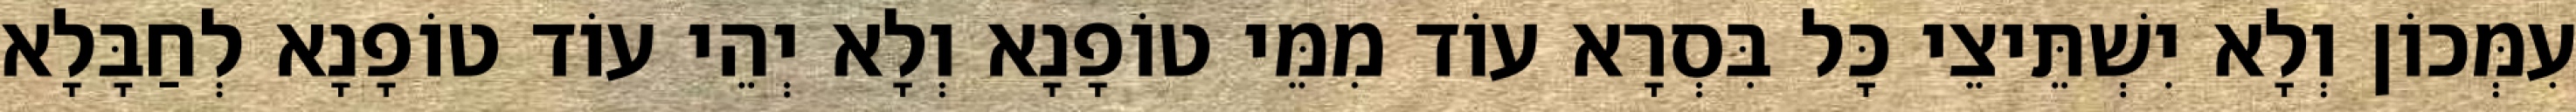
עִמְּכוֹן וְלָא יִשְׁתֵּיצֵי כָּל בִּסְרָא עוֹד מִמֵּי טוֹפָנָא וְלָא יְהֵי עוֹד טוֹפָנָא לְחַבָּלָא